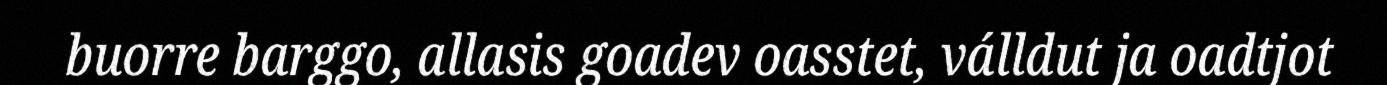
buorre barggo, allasis goadev oasstet, válldut ja oadtjot